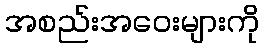
အစည်းအဝေးများကို